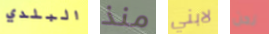
البلدي منذ لابني نحن